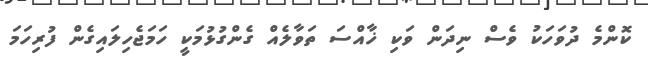
ކޮންމެ ދުވަހަކު ވެސް ނިދަން ވަކި ޚާއްސަ ތަވާލެއް ގެންގުޅުމަކީ ހަމަޖެހިލައިގެން ފުރިހަމަ